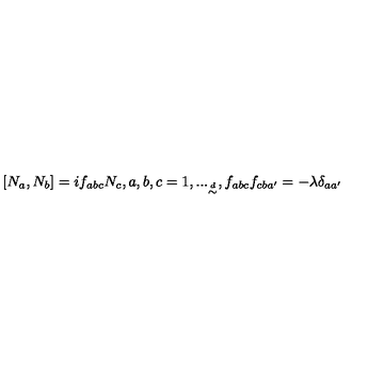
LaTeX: [ N _ { a } , N _ { b } ] = i f _ { a b c } N _ { c } , a , b , c = 1 , . . . _ { \frac { \buildrel d } { \sim } } , f _ { a b c } f _ { c b a ^ { \prime } } = - \lambda \delta _ { a a ^ { \prime } }